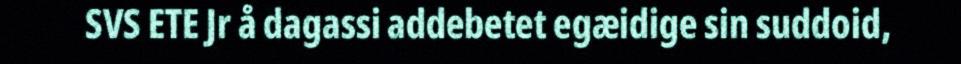
SVS ETE Jr å dagassi addebetet egæidige sin suddoid,